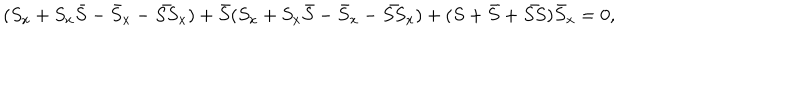
( S _ { x } + S _ { x } \bar { S } - \bar { S } _ { x } - \bar { S S } _ { x } ) + \bar { S } ( S _ { x } + S _ { x } \bar { S } - \bar { S } _ { x } - \bar { S S } _ { x } ) + ( S + \bar { S } + \bar { S S } ) \bar { S } _ { x } = 0 ,